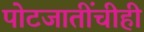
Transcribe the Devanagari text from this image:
पोटजातींचीही